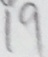
1 9